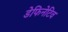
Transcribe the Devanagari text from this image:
डेफिनेटिव